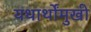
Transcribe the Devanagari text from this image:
यथार्थोंमुखी